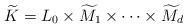
LaTeX: \begin{align*}\widetilde K=L_0 \times \widetilde M_1 \times \cdots \times \widetilde M_d\end{align*}